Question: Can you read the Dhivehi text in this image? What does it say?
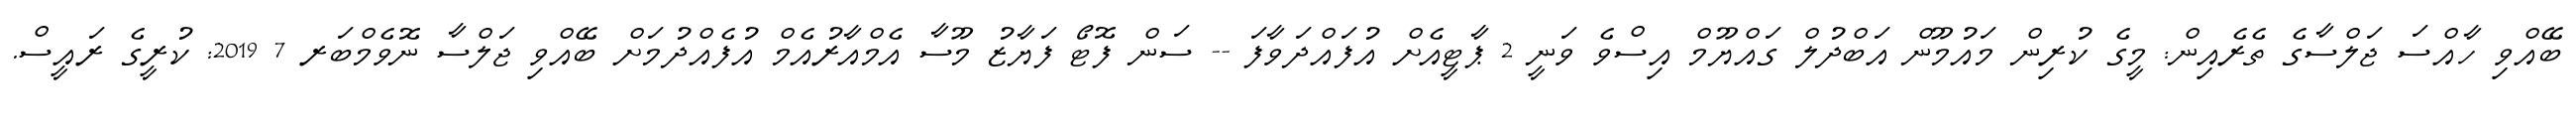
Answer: ބޭއްވި ހާއްސަ ޖަލްސާގެ ތެރެއިން: މީގެ ކުރިން މައުމޫން އަބްދުލް ގައްޔޫމް އިސްވެ ވަނީ 2 ޕާޓީއެށް އުފައްދަވާފަ -- ސަން ފޮޓޯ ފަޔާޒު މޫސާ އެމްއާރުއެމް އުފެއްދުމަށް ބޭއްވި ޖަލްސާ ނޮވެމްބަރ 7 2019: ކުރީގެ ރައީސް.